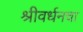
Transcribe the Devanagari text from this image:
श्रीवर्धनचा